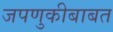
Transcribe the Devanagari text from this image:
जपणुकीबाबत